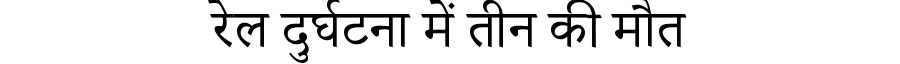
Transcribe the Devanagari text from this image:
रेल दुर्घटना में तीन की मौत